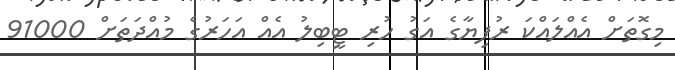
މިގޮތަށް އެއްލައްކަ ރުފިޔާގެ އަގު ހުރި ޓީބިލު އެއް އަހަރުގެ މުއްދަތަށް 91000